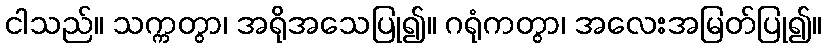
ငါသည်။ သက္ကတွာ၊ အရိုအသေပြု၍။ ဂရုံကတွာ၊ အလေးအမြတ်ပြု၍။